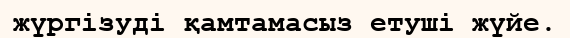
жүргізуді қамтамасыз етуші жүйе.